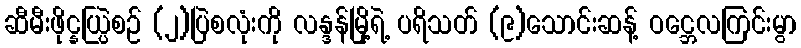
ဆီမီးဖိုင္နယ္ပြဲစဉ် (၂)ပြဲစလုံးကို လန္ဒန်မြို့ရဲ့ ပရိသတ် (၉)သောင်းဆန့် ဝင္ဘေလကြင်းမွာ